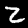
Digit: 2